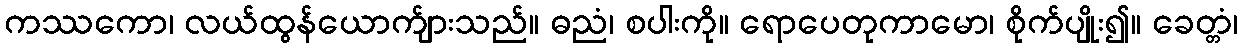
ကဿကော၊ လယ်ထွန်ယောက်ျားသည်။ ဓညံ၊ စပါးကို။ ရောပေတုကာမော၊ စိုက်ပျိုး၍။ ခေတ္တံ၊